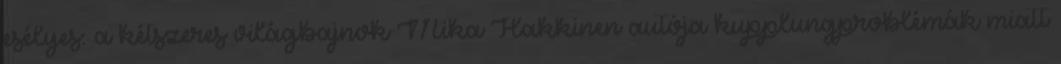
esélyes: a kétszeres világbajnok Mika Hakkinen autója kupplungproblémák miatt